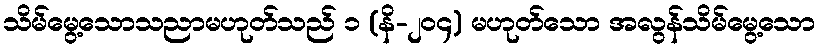
သိမ်မွေ့သောသညာမဟုတ်သည် ၁ (နိ-၂၀၄) မဟုတ်သော အလွန်သိမ်မွေ့သော